Calcutta medical institutions reports 1892-1900
Year: 1892
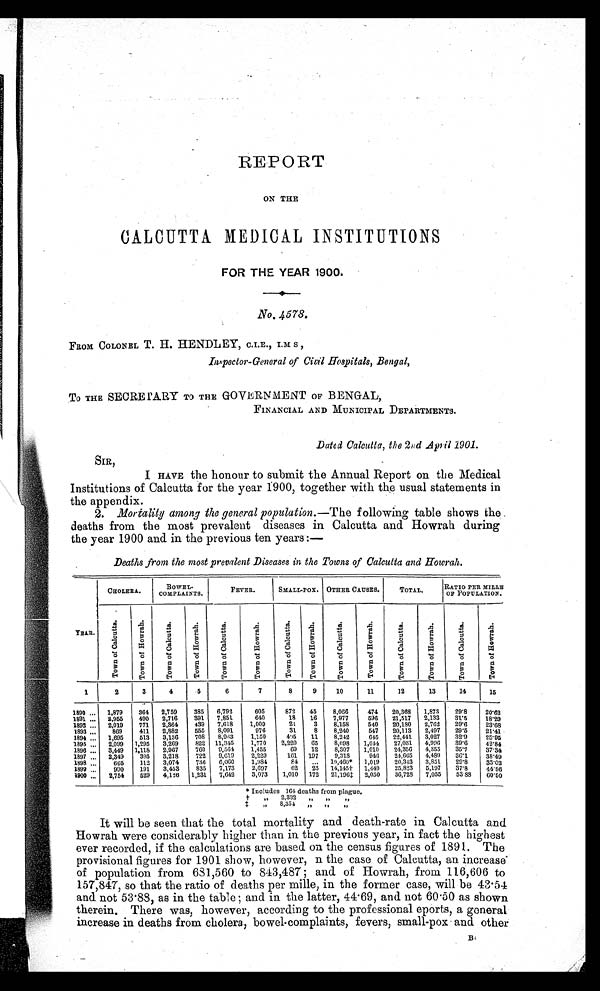
REPORT
ON THE
CALCUTTA MEDICAL INSTITUTIONS
FOR THE YEAR 1900.
No. 4578.
FROM COLONEL T. H. HENDLEY, C.I.E., I.M S ,
Inspector-General of Civil Hospitals, Bengal,
To THE SECRETARY TO THE GOVERNMENT OF BENGAL,
FINANCIAL AND MUNICIPAL DEPARTMENTS.
Dated Calcutta, the 2nd April 1901.
SIR,
I HAVE the honour to submit the Annual Report on the Medical
Institutions of Calcutta for the year 1900, together with the usual statements in
the appendix.
2. Mortality among the general population.—The following table shows the
deaths from the most prevalent diseases in Calcutta and Howrah during
the year 1900 and in the previous ten years :—
Deaths from the most prevalent Diseases in the Towns of Calcutta and Howrah.
YEAR.
CHOLERA.
B O W E L -
COMPLAINTS.
FEVER.
SMALL-POX. OTHER CAUSES.
TOTAL.
RATIO PER MILLE
OF POPULATION.
T o w n o f C a l c u t t a .
T o w n o f H o w r a h .
T o w n o f C a l c u t t a .
T o w n o f H o w r a h .
T o w n o f C a l c u t t a .
T o w n o f H o w r a h .
T o w n o f C a l c u t t a .
T o w n o f H o w r a h .
T o w n o f C a l c u t t a .
T o w n o f H o w r a h .
T o w n o f C a l c u t t a .
T o w n o f H o w r a h .
T o w n o f C a l c u t t a .
T o w n o f H o w r a h .
1
2
3
4
5
6
7
8
9
1 0
11
12
13
14
15
1890
1,879
364 2,759
385 6,792
605
872 45
8,066
474 20,368 1,873
29.8
20.62
1891
2,955
490 2,716
391 7,851
640
18 16
7,977
596 21,517 2,133 31.5
18.29
1892
2,019
771 2,364
439 7,618
1,009
21
3
8,158
540 20,180 2,702 29.6
23.68
1893
869
411 2,882
555 8,091
976
31
8
8,240
547 20,113 2,497 29.5
21.41
1894
1,695
513 3,136
708 8,963
1,150
405 11
8,242
645 22,411 3,027 32.9
25.95
1895
2,099 1,295 3,269
822 11,345
1,770 2,220 65
8,098 1,044 27,031 4,996 39.6
42.84
1896
3,449 1,118 2,967
760 9,564 1,455
69 12
8,307 1,010
24,356 4,355
35.7
37.34
1897
2,349
395 3,218
722 9,619
2,229
161 197
9,318
946 24,665 4,489
36.1
38.49
1898
665
112 3,074
736 6,060
1,984
8 4
. . .
10,460* 1,019 20,343 3,851
29.8
33.02
1899
990
191 3,453
835 7,173
2,697
62 25 14,145† 1,449
25,823 5,197 37.8
14.56
1900
2,754
529 4,126 1,231 7,642
3,073 1,010 172 21,106‡ 2,050 36,728 7,055 53.88 60.50
* Includes 164 deaths from plague.
† " 2,332 " " "
‡ " 8, 354 " " "
It will be seen that the total mortality and death-rate in Calcutta and
Howrah were considerably higher than in the previous year, in fact the highest
ever recorded, if the calculations are based on the census figures of 1891. The
provisional figures for 1901 show, however, n the case of Calcutta, an increase
of population from 681,560 to 843,487; and of Howrah, from 116,606 to
157,847, so that the ratio of deaths per mille, in the former case, will be 43.54
and. not 53.88, as in the table; and in the latter, 44.69, and not 60.50 as shown
therein. There was, however, according to the professional eports, a general
increase in deaths from cholera, bowel-complaints, fevers, small-pox and other
B